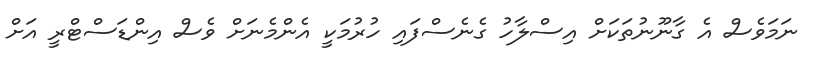
ނަމަވެސް އެ ގާނޫނުތަކަށް އިސްލާހު ގެނެސްފައި ހުރުމަކީ އެންމެނަށް ވެސް އިންޑަސްޓްރީ އަށް